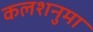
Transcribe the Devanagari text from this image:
कलशनुमा